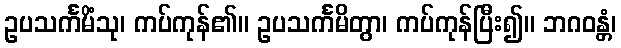
ဥပသင်္ကမိံသု၊ ကပ်ကုန်၏။ ဥပသင်္ကမိတွာ၊ ကပ်ကုန်ပြီး၍။ ဘဂဝန္တံ၊